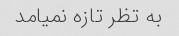
به تظر تازه نمیامد